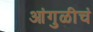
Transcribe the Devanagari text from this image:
आंगुळीचं